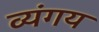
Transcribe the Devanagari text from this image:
व्यंगय